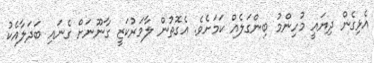
އެޅިގެން ދިޔައީ މުހިންމު ބިންގަލެއް ކަމަށެވެ. އެގޮތުން ލާމަރުކަޒީ ގާނޫނަށް ގެނައި ބަދަލާއެކު